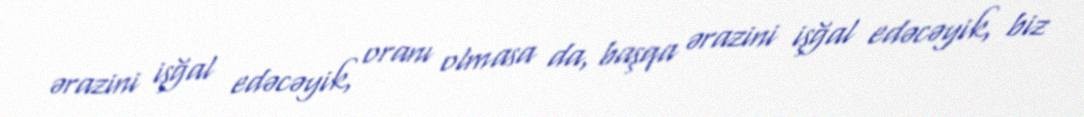
ərazini işğal edəcəyik, oranı olmasa da, başqa ərazini işğal edəcəyik, biz